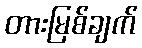
တားမြစ်ချက်